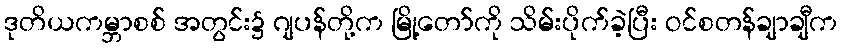
ဒုတိယကမ္ဘာစစ် အတွင်း၌ ဂျပန်တို့က မြို့တော်ကို သိမ်းပိုက်ခဲ့ပြီး ဝင်စတန်ချာချီက